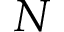
N